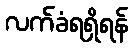
လက်ခံရရှိရန်